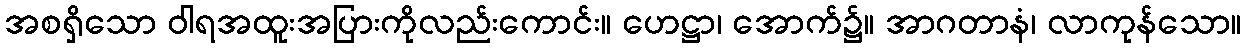
အစရှိသော ဝါရအထူးအပြားကိုလည်းကောင်း။ ဟေဋ္ဌာ၊ အောက်၌။ အာဂတာနံ၊ လာကုန်သော။